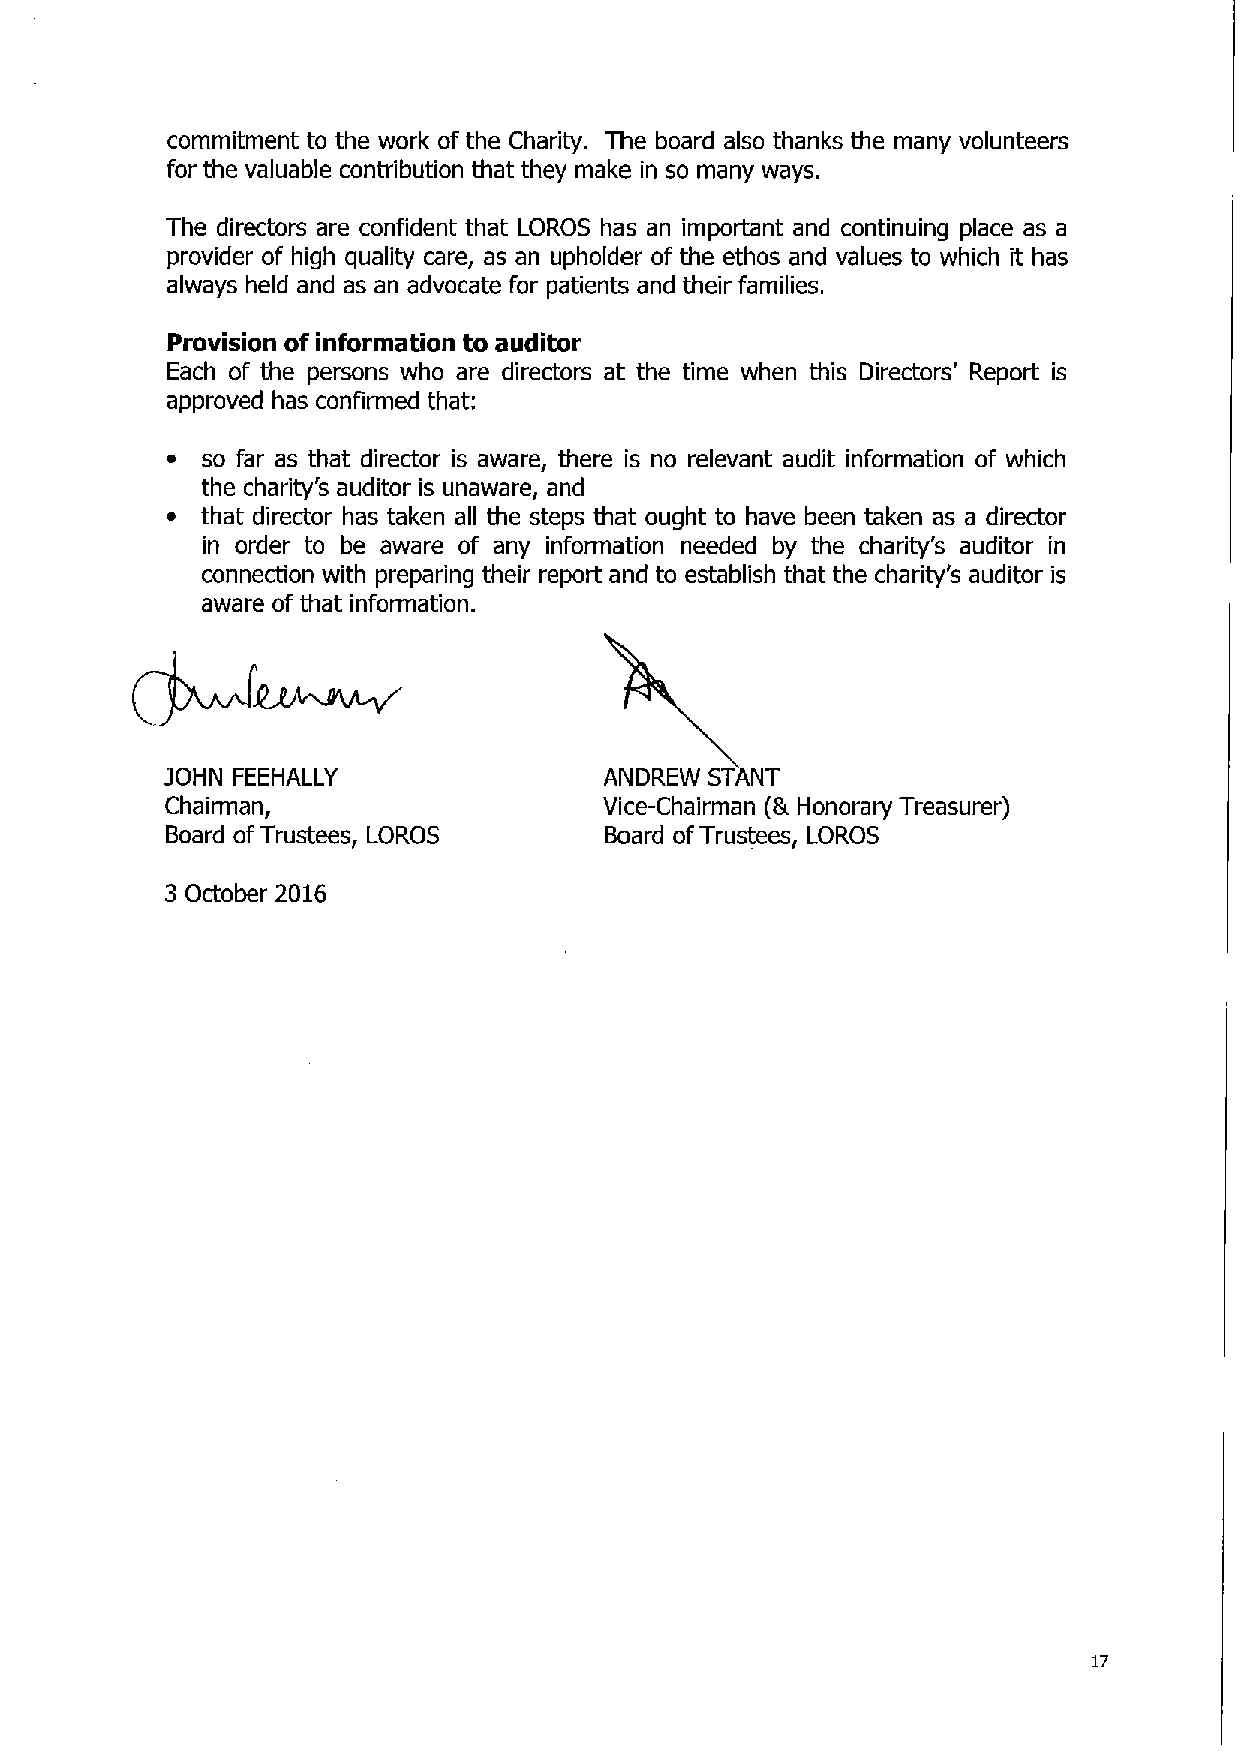
commitment to the work of the Charity. The board also thanks the many volunteers
 for the valuable contribution that they make in so many ways.
 The directors are confident that LOROS has an important and continuing place as a
 provider of high quality care, as an upholder of the ethos and values to which it has
 always held and as an advocate for patients and their families.
 Provision of information to auditor
 Each of the persons who are directors at the time when this Directors' Report is
 approved has confirmed that:
 ~ so far as that director is aware, there is no relevant audit information of which
 the charity's auditor is unaware, and
 ~ that director has taken all the steps that ought to have been taken as a director
 in order to be aware of any information needed by the charity's auditor in
 connection with preparing their report and to establish that the charity's auditor is
 aware of that information.
 jOHN FEEHALLY                ANDREW ST NT
 Chairman,                    Vice-Chairman (61Honorary Treasurer)
 Board ofTrustees, LOROS      Board ofTrustees, LOROS
 3 October 2016